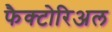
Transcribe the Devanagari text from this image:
फैक्टोरिअल